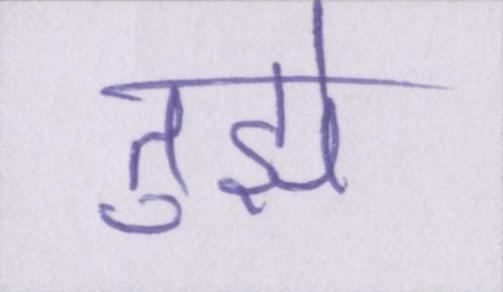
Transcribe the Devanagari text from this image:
तुझे